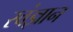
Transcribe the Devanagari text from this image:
स्वंज्ञान